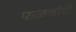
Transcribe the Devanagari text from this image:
फळचोरी